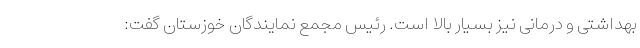
بهداشتی و درمانی نیز بسیار بالا است. رئیس مجمع نمایندگان خوزستان گفت: